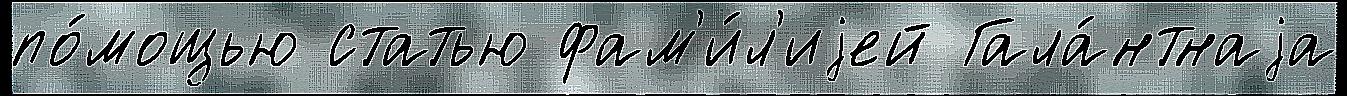
по́мощью статью фам'и́л'иjей Гала́нтнаjа